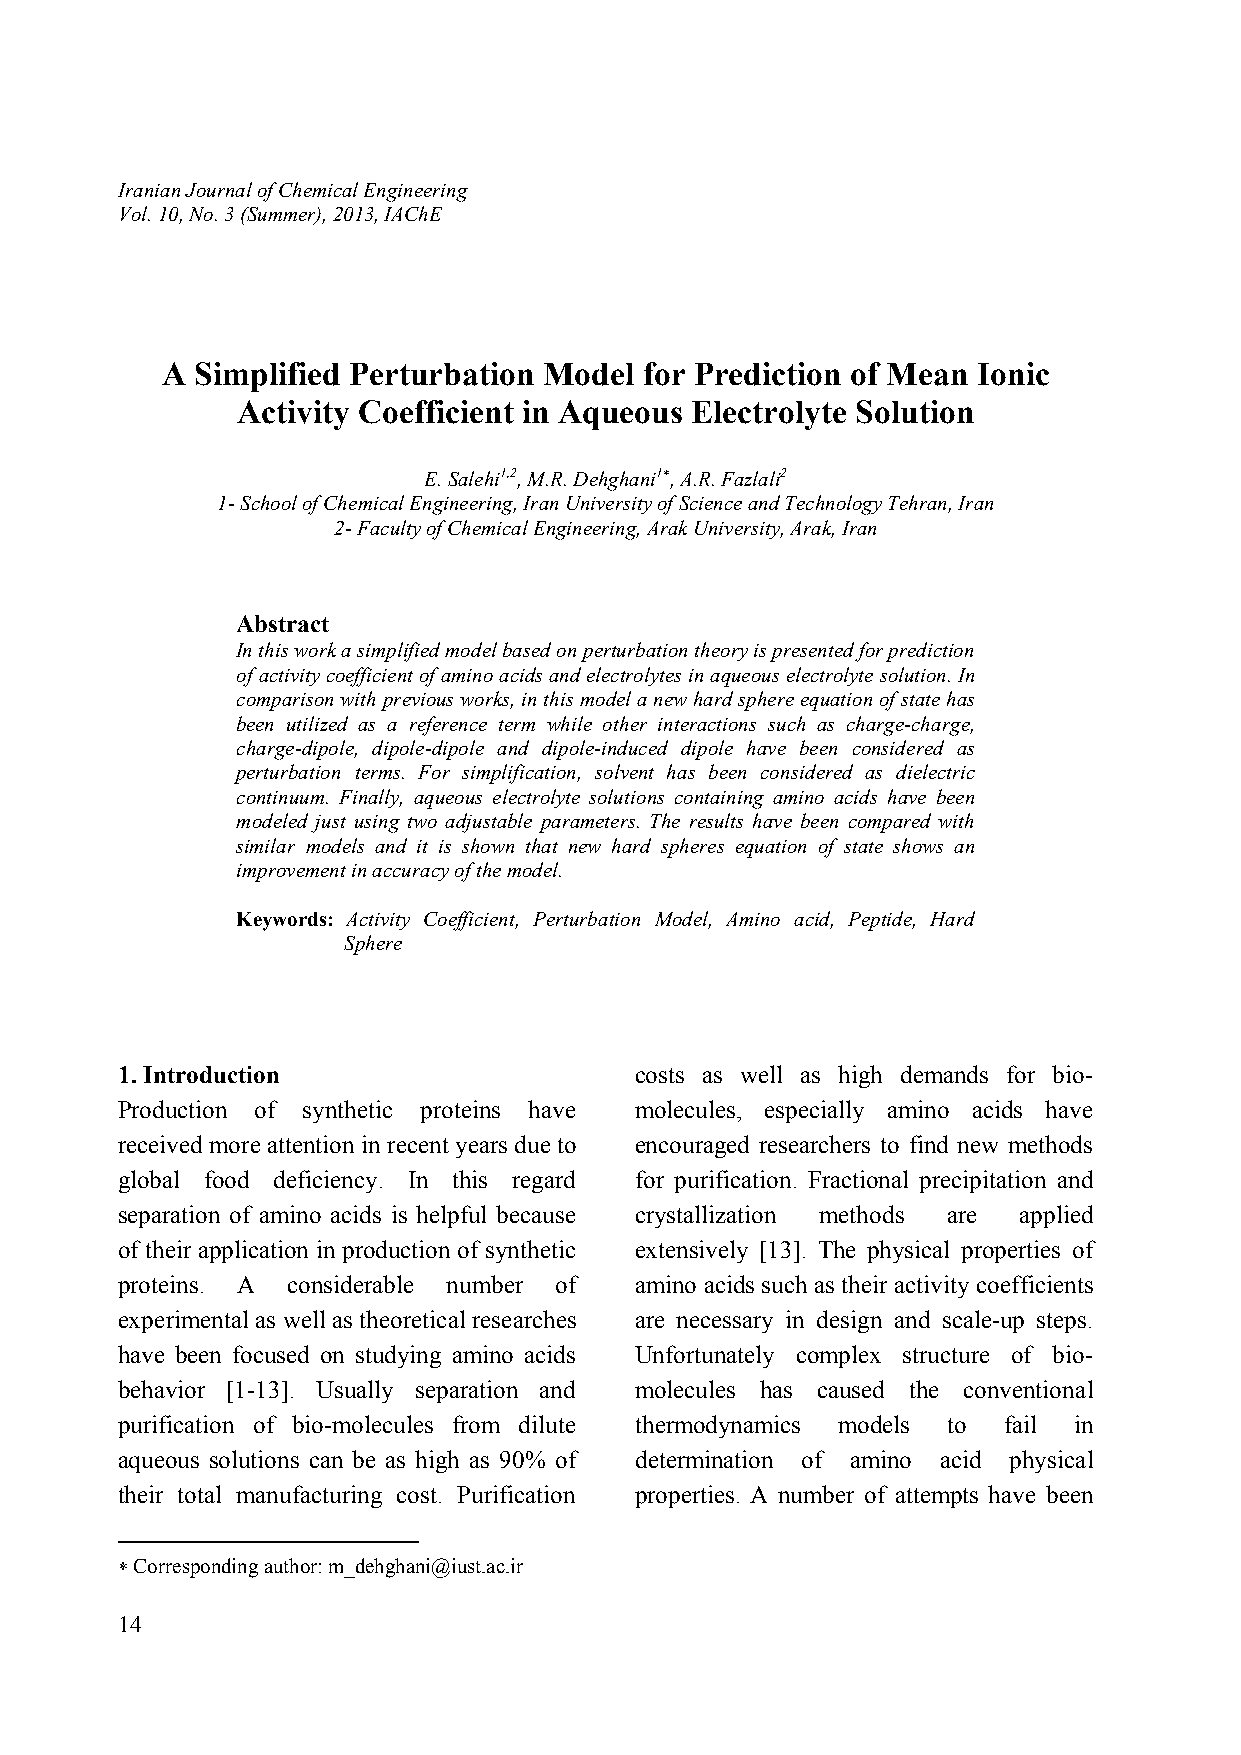
Iranian Journal of Chemical Engineering
 Vol. 10, No. 3 (Summer), 2013, IAChE
 A Simplified Perturbation Model for Prediction of Mean Ionic
 Activity Coefficient in Aqueous Electrolyte Solution
 E. Salehi1,2, M.R. Dehghani1∗, A.R. Fazlali2
 1- School of Chemical Engineering, Iran University of Science and Technology Tehran, Iran
 2- Faculty of Chemical Engineering, Arak University, Arak, Iran
 Abstract
 In this work a simplified model based on perturbation theory is presented for prediction
 of activity coefficient of amino acids and electrolytes in aqueous electrolyte solution. In
 comparison with previous works, in this model a new hard sphere equation of state has
 been utilized as a reference term while other interactions such as charge-charge,
 charge-dipole, dipole-dipole and dipole-induced dipole have been considered as
 perturbation terms. For simplification, solvent has been considered as dielectric
 continuum. Finally, aqueous electrolyte solutions containing amino acids have been
 modeled just using two adjustable parameters. The results have been compared with
 similar models and it is shown that new hard spheres equation of state shows an
 improvement in accuracy of the model.
 Keywords: Activity Coefficient, Perturbation Model, Amino acid, Peptide, Hard
 Sphere
 1. Introduction                   costs as well as high demands for bio-
 Production of synthetic proteins have molecules, especially amino acids have
 received more attention in recent years due to encouraged researchers to find new methods
 global food deficiency. In this regard for purification. Fractional precipitation and
 separation of amino acids is helpful because crystallization methods are applied
 of their application in production of synthetic extensively [13]. The physical properties of
 proteins. A considerable number of amino acids such as their activity coefficients
 experimental as well as theoretical researches are necessary in design and scale-up steps.
 have been focused on studying amino acids Unfortunately complex structure of bio-
 behavior [1-13]. Usually separation and molecules has caused the conventional
 purification of bio-molecules from dilute thermodynamics models to fail in
 aqueous solutions can be as high as 90% of determination of amino acid physical
 their total manufacturing cost. Purification properties. A number of attempts have been
 ∗ Corresponding author: m_dehghani@iust.ac.ir
 14